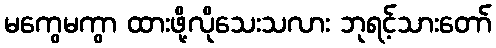
မကွေမကွာ ထားဖို့လိုသေးသလား ဘုရင့်သားတော်